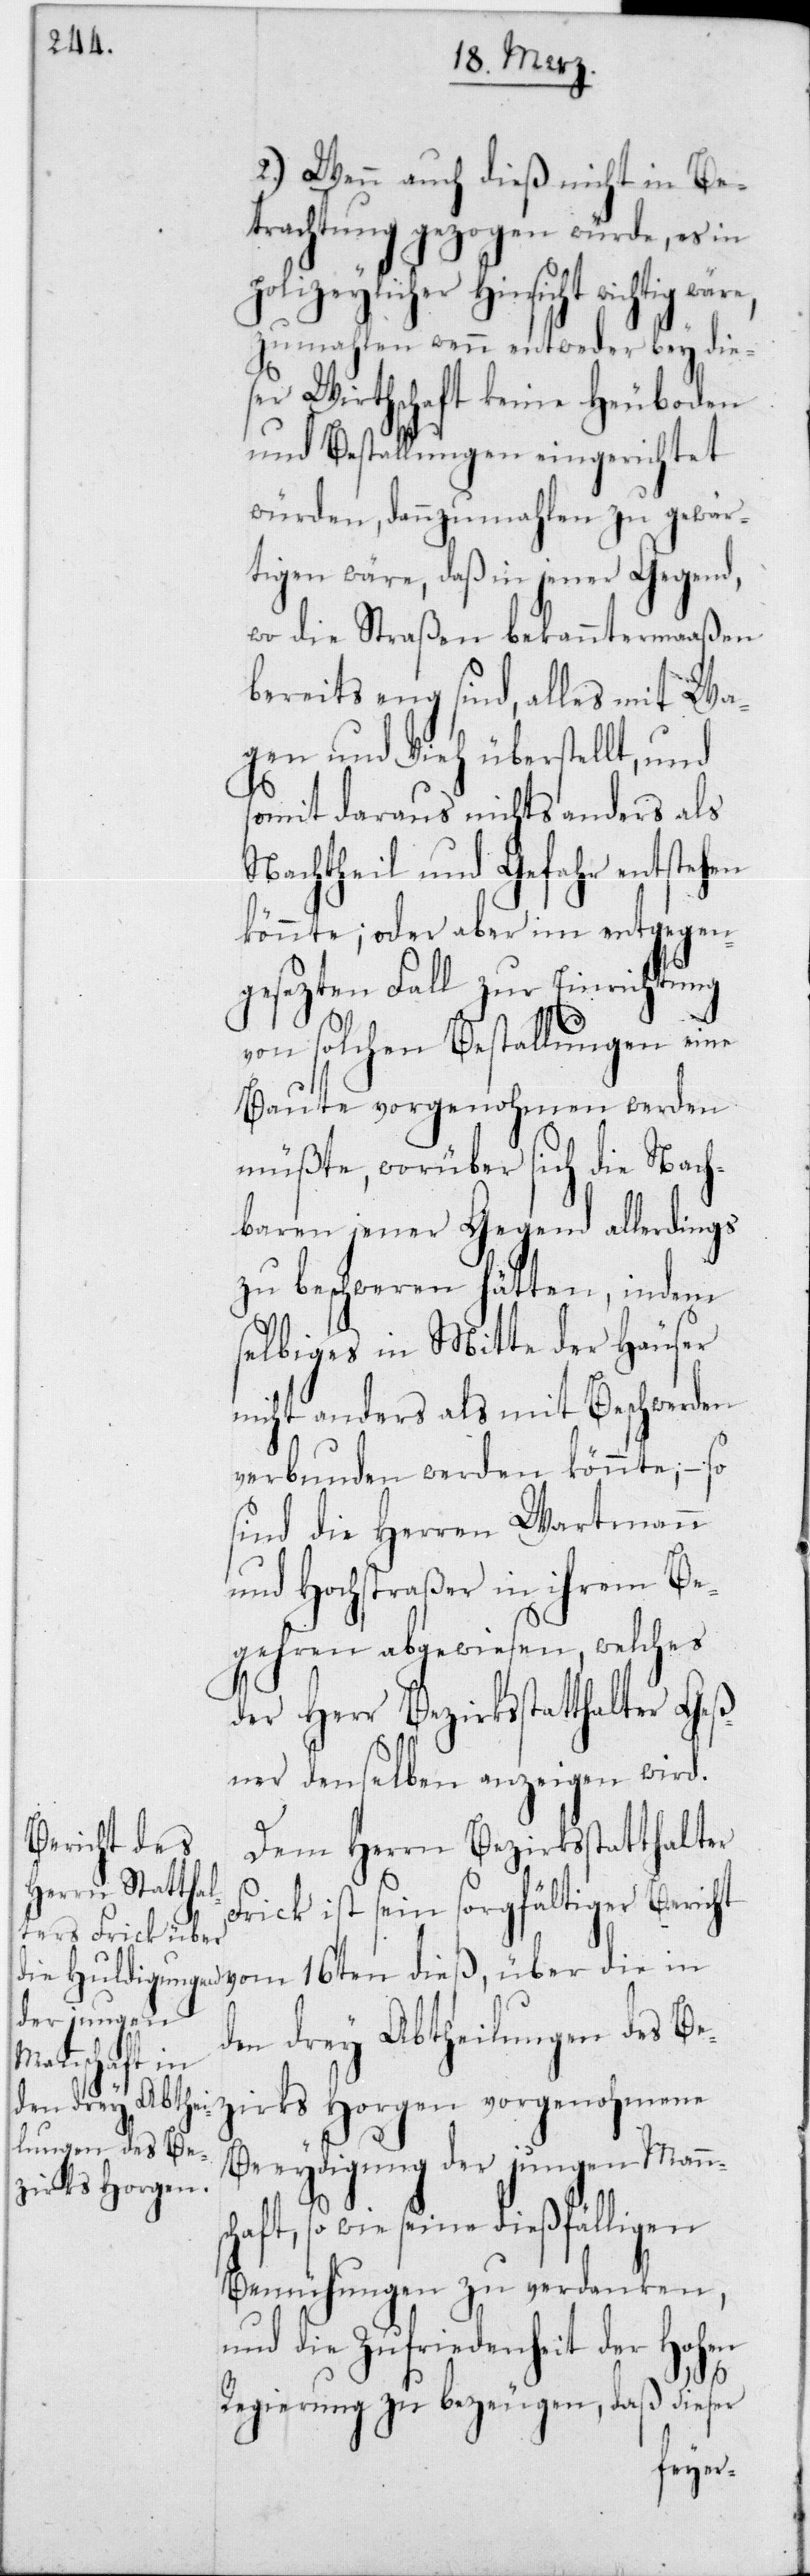
2.) Wenn auch dies nicht in Be¬
trachtung gezogen würde, es in
polizeylicher Hinsicht wichtig wä¬
zumahlen wenn entweder bey die¬
ser Wirtschaft keine Heuboden
und Bestallungen eingerichtet
würden, dannzumahlen zu gewär¬
tigen wäre, daß in jener
gen¬
aßen
wo die Straßen bekann¬
bereits eng sind, alles
gen und Vieh überstel¬
somit daraus nichts anders als
stehen
Nachtheil und Gefahr
könnte; oder aber im entge¬
gesezten Fall zur Einrichtung
sc¬
von solchen Bestallung¬
Baute vorgenohmen
dem
müßte, worüber sich
dings
baren jener Gegend
zu beschweren hätt¬
selbiges in Mitte d¬
nicht anders als mit Beschwerden
– so
verbunden werden k¬
sind die Herren Wartmann
und Hochstraßer in ihrem Be¬
gehren abgewiesen, welches
der Herr Bezirksstatthalter Geß¬
ner denselben anzeigen wird.
Dem Herrn Bezirksstatthalter
Frick ist sein sorgfältiger Bericht
den drey Abtheilungen des Be¬
zirks Horgen vorgenohmene
Beeydigung der jungen Mann¬
haft, so wie seine dießfälligen
Bemühungen zu verdanken,
und die Zufriedenheit der Hohen
dieß,
Regierung zu bezeugen, daß dieser
ler¬